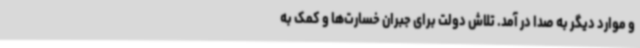
و موارد دیگر به صدا در آمد. تلاش دولت برای جبران خسارت‌ها و کمک به